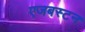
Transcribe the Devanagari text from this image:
एजबस्टन